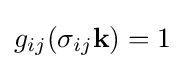
g_{ij}(\sigma _{ij}\mathbf {k} )=1